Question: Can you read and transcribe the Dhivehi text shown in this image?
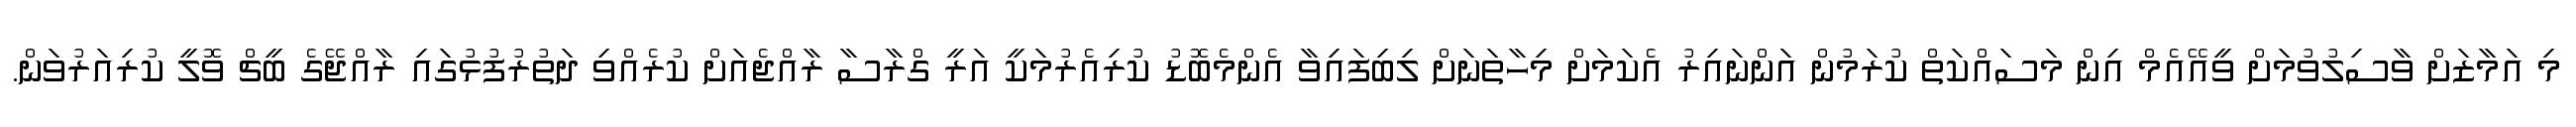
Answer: މި އަމާޒަށް ވާސިލުވުމަށް ވީއޭއެމް އިން މަސައްކަތް ކުރަމުން އަންނައިރު އެކަމަށް މިހާތަނަށް ލިބިފައިވާ އެންމެބޮޑު ކުރިއެރުމަކީ އަރީ ގްރާސާ ރާއްޖެއަށް ކުރެއްވި ދަތުރުފުޅުގައި ރާއްޖޭގެ ބީޗް ވޮލީ ކުރިއަރުވަން.